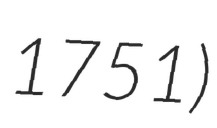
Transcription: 1751)